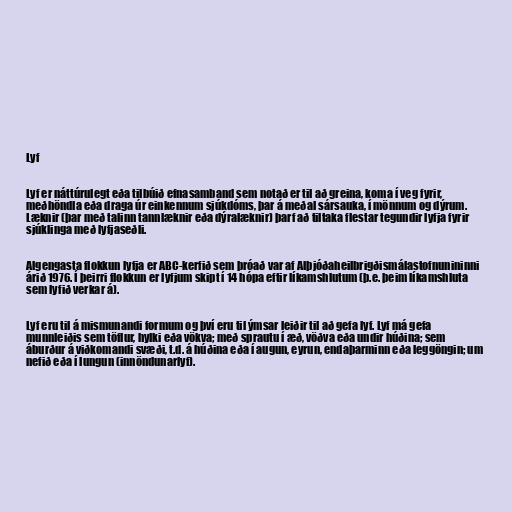
Lyf

Lyf er náttúrulegt eða tilbúið efnasamband sem notað er til að greina, koma í veg fyrir,
meðhöndla eða draga úr einkennum sjúkdóms, þar á meðal sársauka, í mönnum og dýrum.
Læknir (þar með talinn tannlæknir eða dýralæknir) þarf að tiltaka flestar tegundir lyfja fyrir
sjúklinga með lyfjaseðli.

Algengasta flokkun lyfja er ABC-kerfið sem þróað var af Alþjóðaheilbrigðismálastofnunininni
árið 1976. Í þeirri flokkun er lyfjum skipt í 14 hópa eftir líkamshlutum (þ.e. þeim líkamshluta
sem lyfið verkar á).

Lyf eru til á mismunandi formum og því eru til ýmsar leiðir til að gefa lyf. Lyf má gefa
munnleiðis sem töflur, hylki eða vökva; með sprautu í æð, vöðva eða undir húðina; sem
áburður á viðkomandi svæði, t.d. á húðina eða í augun, eyrun, endaþarminn eða leggöngin; um
nefið eða í lungun (innöndunarlyf).